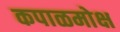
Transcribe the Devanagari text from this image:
कपाळमोक्ष